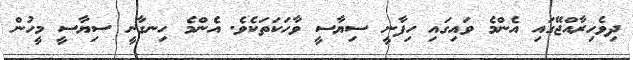
ދިވެހިރާއްޖޭގައި އެންމެ ވައިގައި ހިފާނީ ސިޔާސީ ވާހަކަތަކެވެ. އެންމެ ހިނގާނީ ސިޔާސީ މީހުން